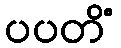
ပပတိံ